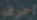
احرف